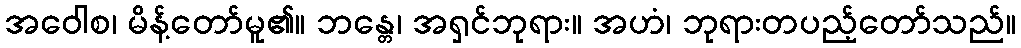
အဝေါစ၊ မိန့်တော်မူ၏။ ဘန္တေ၊ အရှင်ဘုရား။ အဟံ၊ ဘုရားတပည့်တော်သည်။